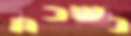
נשכח